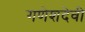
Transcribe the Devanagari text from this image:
गणेशदेवी